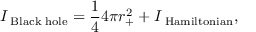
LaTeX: I _ { \mathrm { \tiny ~ B l a c k ~ h o l e } } = \frac { 1 } { 4 } 4 \pi r _ { + } ^ { 2 } + I _ { \mathrm { \tiny ~ H a m i l t o n i a n } } ,